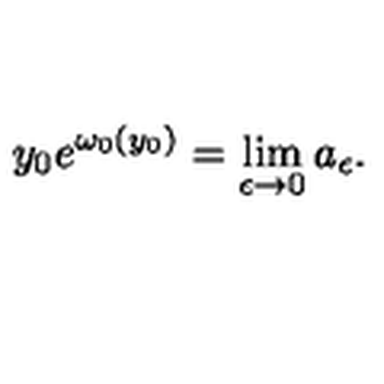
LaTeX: y _ { 0 } e ^ { \omega _ { 0 } ( y _ { 0 } ) } = \lim _ { \epsilon \to 0 } a _ { \epsilon } .